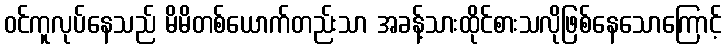
ဝင်ကူလုပ်နေသည် မိမိတစ်ယောက်တည်းသာ အခန့်သားထိုင်စားသလိုဖြစ်နေသောကြောင့်